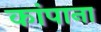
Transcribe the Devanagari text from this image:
कांपाना